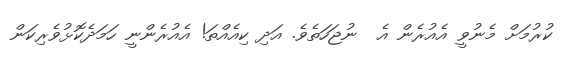
ކުރުމަށް މެނުވީ އެއުރެން އެ  ނުޖަހަތެވެ. އަދި ކިއެއްތަ! އެއުރެންނީ ހަމަދެކޮޅުވެރިކަން